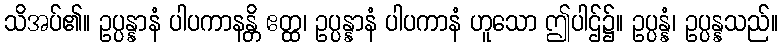
သိအပ်၏။ ဥပ္ပန္နာနံ ပါပကာနန္တိ ဧတ္ထ၊ ဥပ္ပန္နာနံ ပါပကာနံ ဟူသော ဤပါဌ်၌။ ဥပ္ပန္နံ၊ ဥပ္ပန္နသည်။